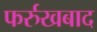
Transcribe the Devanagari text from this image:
फर्रुखबाद